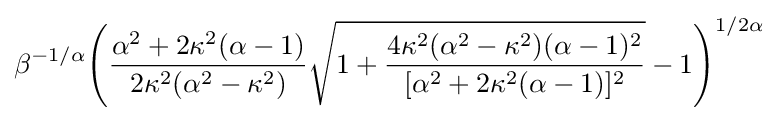
\beta ^{-1/\alpha }{\Bigg (}{\frac {\alpha ^{2}+2\kappa ^{2}(\alpha -1)}{2\kappa ^{2}(\alpha ^{2}-\kappa ^{2})}}{\sqrt {1+{\frac {4\kappa ^{2}(\alpha ^{2}-\kappa ^{2})(\alpha -1)^{2}}{[\alpha ^{2}+2\kappa ^{2}(\alpha -1)]^{2}}}}}-1{\Bigg )}^{1/2\alpha }